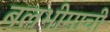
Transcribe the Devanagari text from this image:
बलभीमाची